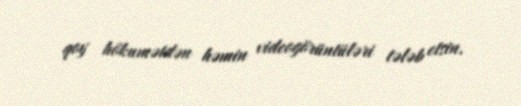
qoy hökumətdən həmin videogörüntüləri tələb etsin.